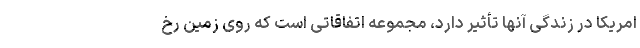
امریکا در زندگی آنها تأثیر دارد، مجموعه اتفاقاتی است که روی زمین رخ